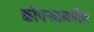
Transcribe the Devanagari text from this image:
कोपर्‍यामधील